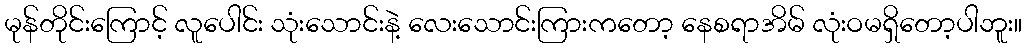
မုန်တိုင်းကြောင့် လူပေါင်း သုံးသောင်းနဲ့ လေးသောင်းကြားကတော့ နေစရာအိမ် လုံးဝမရှိတော့ပါဘူး။